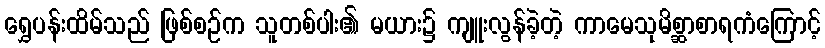
ရွှေပန်းထိမ်သည် ဖြစ်စဉ်က သူတစ်ပါး၏ မယား၌ ကျူးလွန်ခဲ့တဲ့ ကာမေသုမိစ္ဆာစာရကံကြောင့်